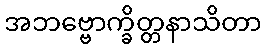
အဘဗ္ဗောက္ခိတ္တနာသိတာ